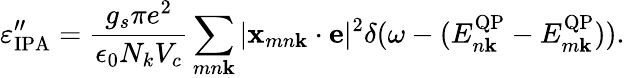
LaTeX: \varepsilon_{\mathrm{IPA}}^{"}=\frac{g_{s}\pi e^{2}}{\epsilon_{0}N_{k}V_{c}}\sum_{mn\textbf{k}}|\textbf{x}_{mn\textbf{k}}\cdot\textbf{e}|^{2}\delta(\omega-(E_{n\textbf{k}}^{\mathrm{QP}}-E_{m\textbf{k}}^{\mathrm{QP}})).